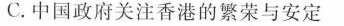
C.中国政府关注香港的繁荣与安定